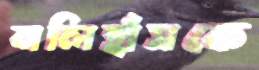
বালিহাঁসকে